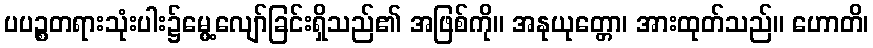
ပပဉ္စတရားသုံးပါး၌မွေ့လျော်ခြင်းရှိသည်၏ အဖြစ်ကို။ အနုယုတ္တော၊ အားထုတ်သည်။ ဟောတိ၊